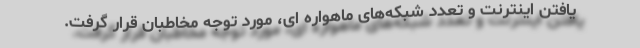
یافتن اینترنت و تعدد شبکه‌های ماهواره ای، مورد توجه مخاطبان قرار گرفت.